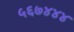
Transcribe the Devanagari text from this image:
५६७४४४